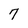
Character: 7